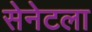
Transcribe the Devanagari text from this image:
सेनेटला